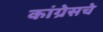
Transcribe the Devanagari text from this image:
कांग्रेसचे